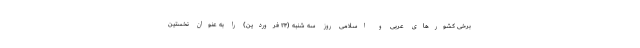
برخی کشورهای عربی و اسلامی روز سه شنبه (۲۴ فروردین) را به عنوان نخستین